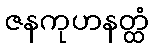
ဇနကုဟနတ္ထံ